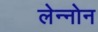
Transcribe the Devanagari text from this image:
लेन्नोन